Lunatic asylums Madras 1877-1891 - 1877-1891
Year: 1877
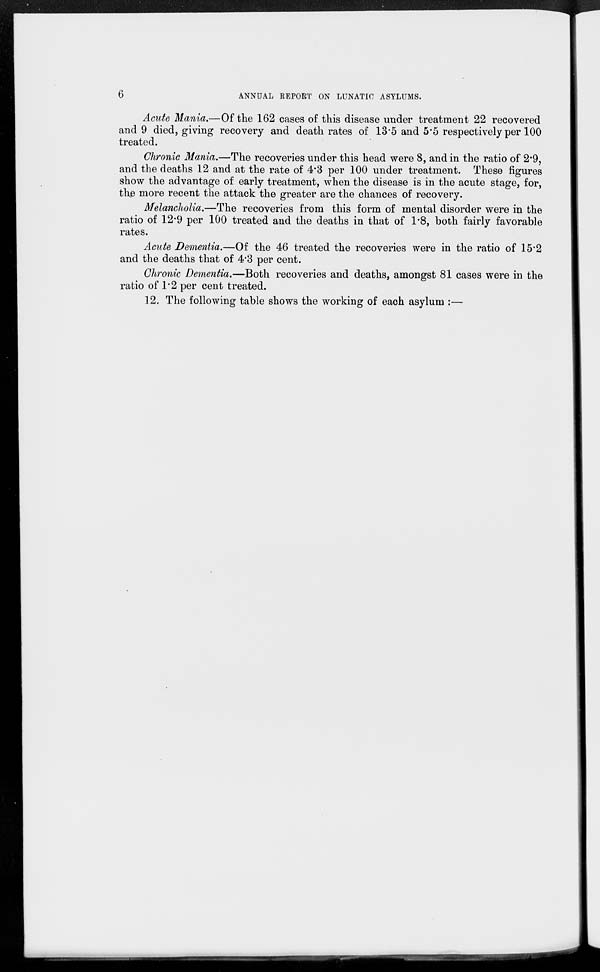
6
ANNUAL REPORT ON LUNATIC ASYLUMS.
Acute Mania.—Of the 162 cases of this disease under treatment 22 recovered
and 9 died, giving recovery and death rates of 13.5 and 5.5 respectively per 100
treated.
Chronic Mania.—The recoveries under this head were 8, and in the ratio of 2.9,
and the deaths 12 and at the rate of 4.3 per 100 under treatment. These figures
show the advantage of early treatment, when the disease is in the acute stage, for,
the more recent the attack the greater are the chances of recovery.
Melancholia.—The recoveries from this form of mental disorder were in the
ratio of 12.9 per 100 treated and the deaths in that of 1.8, both fairly favorable
rates.
Acute Dementia.—Of the 46 treated the recoveries were in the ratio of 15.2
and the deaths that of 4.3 per cent.
Chronic Dementia.—Both recoveries and deaths, amongst 81 cases were in the
ratio of 1.2 per cent treated.
12. The following table shows the working of each asylum :—